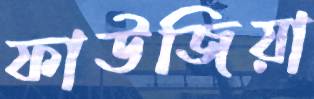
ফাউজিয়া